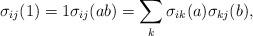
LaTeX: \begin{align*}\sigma_{ij}(1) =1 \sigma_{ij}(ab) = \sum_{k} \sigma_{ik}(a)\sigma_{kj}(b),\end{align*}